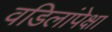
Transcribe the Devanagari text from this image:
वडिलांपेक्षा